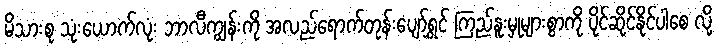
မိသားစု သုံးယောက်လုံး ဘာလီကျွန်းကို အလည်ရောက်တုန်းပျော်ရွှင် ကြည်နူးမှုများစွာကို ပိုင်ဆိုင်နိုင်ပါစေ လို့